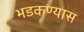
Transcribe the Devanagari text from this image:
भडकण्यास